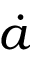
\dot { a }